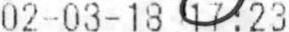
02-03-18 17:23